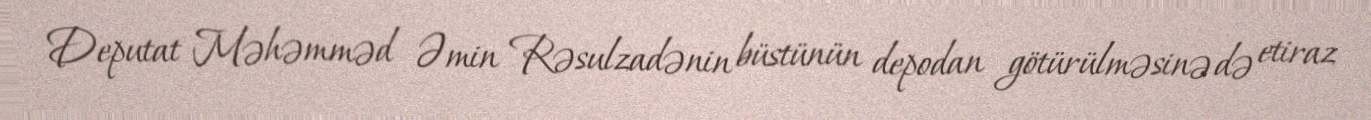
Deputat Məhəmməd Əmin Rəsulzadənin büstünün depodan götürülməsinə də etiraz